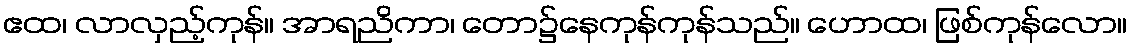
ဧထ၊ လာလှည့်ကုန်။ အာရညိကာ၊ တော၌နေကုန်ကုန်သည်။ ဟောထ၊ ဖြစ်ကုန်လော။